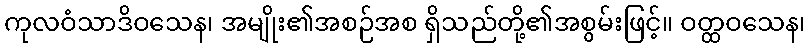
ကုလဝံသာဒိဝသေန၊ အမျိုး၏အစဉ်အစ ရှိသည်တို့၏အစွမ်းဖြင့်။ ဝတ္ထဝသေန၊